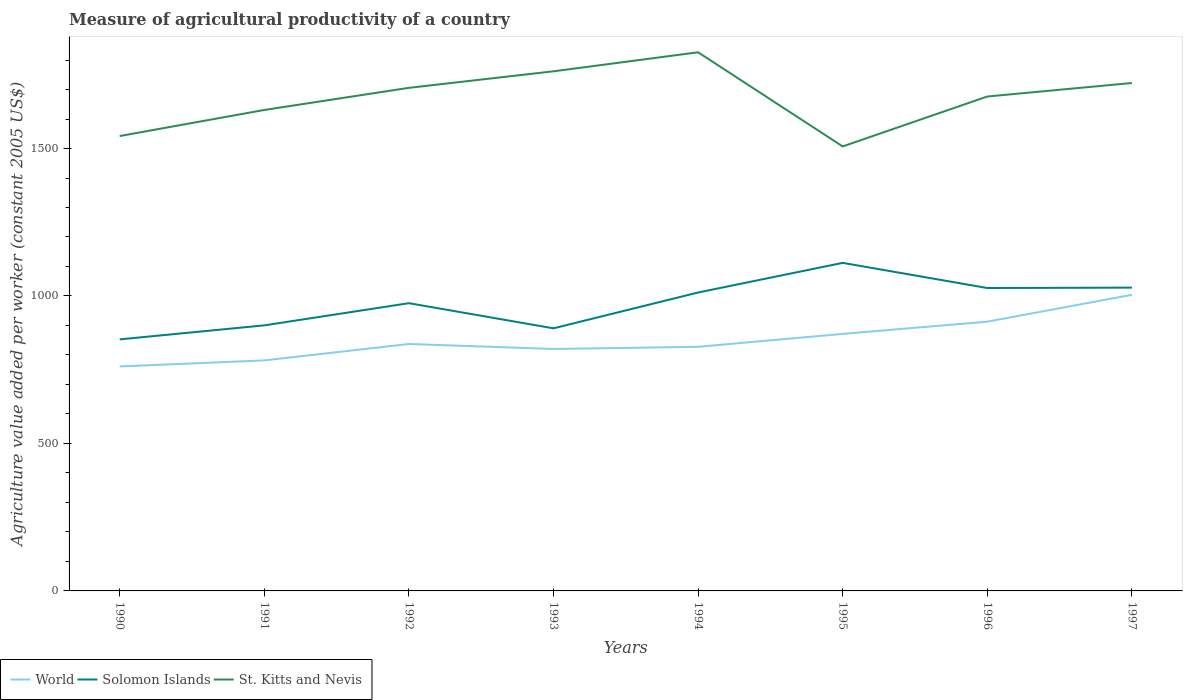
| Years | World | Solomon Islands | St. Kitts and Nevis |
 | --- | --- | --- | --- |
 | 1990 | 761 | 853 | 1.54e+03 |
 | 1991 | 782 | 900 | 1.63e+03 |
 | 1992 | 837 | 976 | 1.71e+03 |
 | 1993 | 820 | 890 | 1.76e+03 |
 | 1994 | 828 | 1.01e+03 | 1.83e+03 |
 | 1995 | 872 | 1.11e+03 | 1.51e+03 |
 | 1996 | 913 | 1.03e+03 | 1.68e+03 |
 | 1997 | 1e+03 | 1.03e+03 | 1.72e+03 |